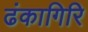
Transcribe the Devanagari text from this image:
ढंकागिरि